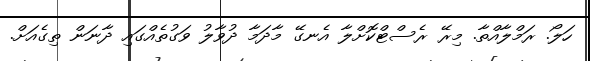
ހަލޯ. ރަމްލާއްތާ. މިރޭ ރެސްޓްކޮށްލާ އެނގޭ މާދަމާ ދުވާލު ވަގުތެއްގައި ދާނަން ތިގެއަށް.